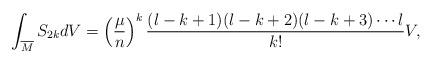
LaTeX: \begin{align*} \int_{\overline{M}}S_{2k}dV=\left(\frac{\mu}{n}\right)^{k}\frac{(l-k+1)(l-k+2)(l-k+3)\cdots l}{k!}V,\end{align*}